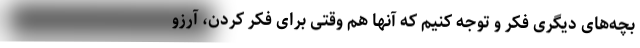
بچه‌های دیگری فکر و توجه کنیم که آنها هم وقتی برای فکر کردن، آرزو